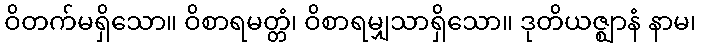
ဝိတက်မရှိသော။ ဝိစာရမတ္တံ၊ ဝိစာရမျှသာရှိသော။ ဒုတိယဇ္ဈာနံ နာမ၊